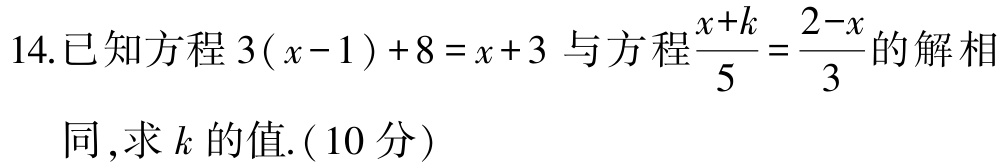
14.已知方程\(3(x - 1)+8 = x + 3\)与方程\(\frac{x + k}{5}=\frac{2 - x}{3}\)的解相同,求\(k\)的值.(10分)